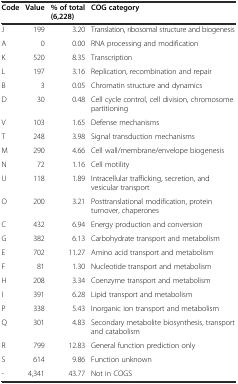
| Code | Value | % of total (6,228) | COG category |
 | --- | --- | --- | --- |
 | J | 199 | 3.20 | Translation, ribosomal structure and biogenesis |
 | A | 0 | 0.00 | RNA processing and modification |
 | K | 520 | 8.35 | Transcription |
 | L | 197 | 3.16 | Replication, recombination and repair |
 | B | 3 | 0.05 | Chromatin structure and dynamics |
 | D | 30 | 0.48 | Cell cycle control, cell division, chromosome partitioning |
 | V | 103 | 1.65 | Defense mechanisms |
 | T | 248 | 3.98 | Signal transduction mechanisms |
 | M | 290 | 4.66 | Cell wall/membrane/envelope biogenesis |
 | N | 72 | 1.16 | Cell motility |
 | U | 118 | 1.89 | Intracellular trafficking, secretion, and vesicular transport |
 | O | 200 | 3.21 | Posttranslational modification, protein turnover, chaperones |
 | C | 432 | 6.94 | Energy production and conversion |
 | G | 382 | 6.13 | Carbohydrate transport and metabolism |
 | E | 702 | 11.27 | Amino acid transport and metabolism |
 | F | 81 | 1.30 | Nucleotide transport and metabolism |
 | H | 208 | 3.34 | Coenzyme transport and metabolism |
 | I | 391 | 6.28 | Lipid transport and metabolism |
 | P | 338 | 5.43 | Inorganic ion transport and metabolism |
 | Q | 301 | 4.83 | Secondary metabolite biosynthesis, transport and catabolism |
 | R | 799 | 12.83 | General function prediction only |
 | S | 614 | 9.86 | Function unknown |
 | - | 4,341 | 43.77 | Not in COGS |